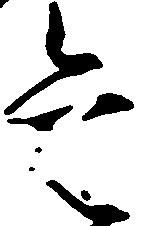
是